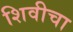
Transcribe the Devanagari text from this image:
शिवीचा